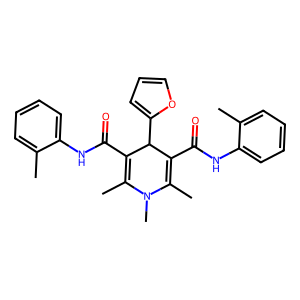
SMILES: CC1=C(C(=O)Nc2ccccc2C)C(c2ccco2)C(C(=O)Nc2ccccc2C)=C(C)N1C
Inhibits HIV replication: No